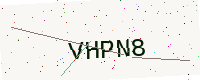
Text: VHPN8